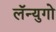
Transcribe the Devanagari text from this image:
लॅन्युगो